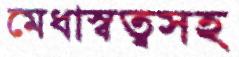
মেধাস্বত্বসহ